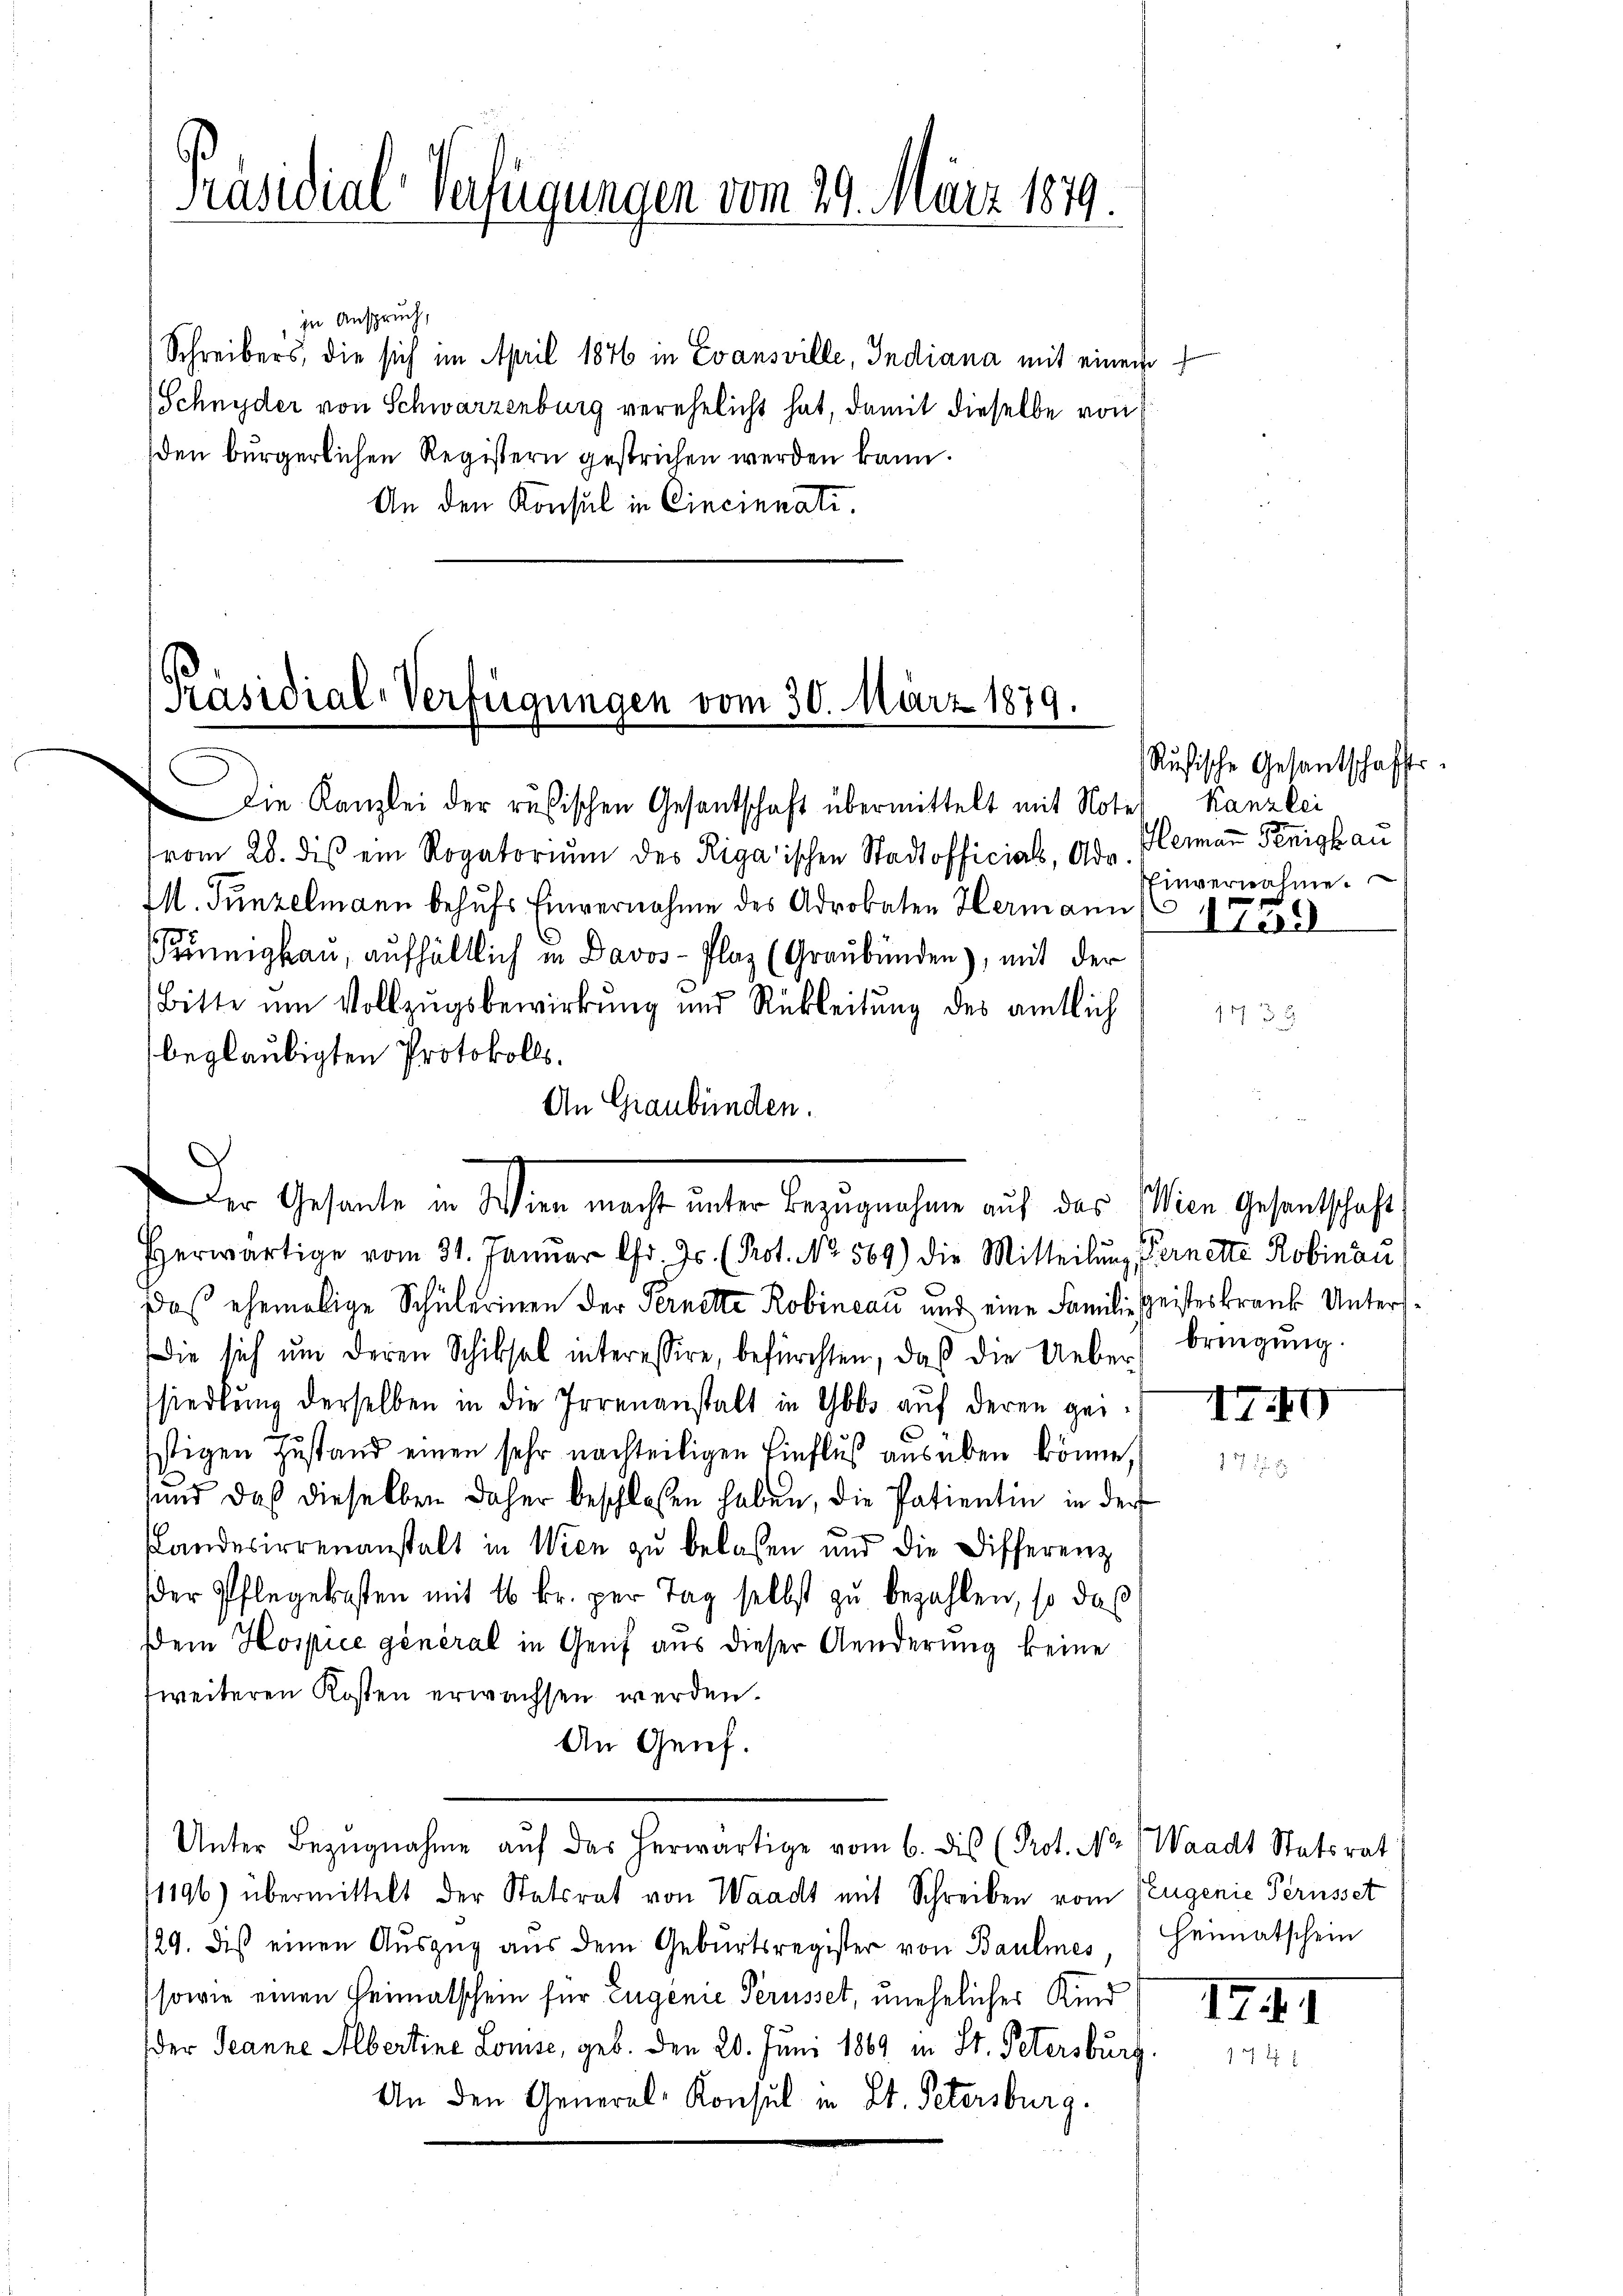
Präsidial-Verfügungen vom 29. März 1879.

in Anspruch,
Schreibers, die sich im April 1876 in Evansville, Indiana mit einem
Schnyder von Schwarzenburg verehelicht hat, damit dieselbe von
den bürgerlichen Registern gestrichen werden kann.
An den Konsul in Cincinnati

Präsidial-Verfügungen vom 30. März 1879.

Die Kanzlei der rusischen Gesantschaft übermittelt mit Notel Kanzlei
vom 28. dis ein Rogatorium des Rigaischen Stadtofficial, Adv. Hermaṅ Peighau
MM. Tunzelmann behufs Einvernahme des Adrobaten Hermann (1758
umigkau, aufhältlich in Davos- Plaz (Graubünden), mit der
Bitte um Vollzugsbewirkung und Rübleitung des amtlich
beglaubigten Protokolls.
An Graubünden.
Der Gesante in Wien macht unter Bezugnahme auf das Wien Gesandtschaft
Herwärtige vom 31. Janŭar Chr. Js. (Prot. No. 569) die Mitteilŭng, Fernette Robinau
Daß ehemalige Schülerinen der Fernette Robincau und eine Familie geisteskrank Unters¬
Die sich um deren Schiksal interessire, befürchten, daß die Ueber
siedlung derselben in die Irrenanstalt in Gbbs auf deren geistigen Zustand einen sehr nachteiligen Einfluß ausüben könne,
sund daß dieselben daher beschlossen haben, die Patientin in der
und
Landesirrenanstalt in Wien zu belassen und die Differenz
der Pflegekosten mit 16 kr. per Tag selbst zu bezahlen, so da
Dem Hospice général in Genf aus dieser Aenderung keine
fweiteren Kosten erwachsen werden.
An Genf.
Unter Bezŭgnahme aŭf das herwärtige vom 6. dis (Prot. No Waadt Statsrat
1196) übermittelt der Statsrat von Waadt mit Schreiben vom Zeugenie Perusset
129. dis einen Aŭszŭg aŭs dem Gebŭrtsregister von Baulmes, Heimatschein
(sowie einen Heimatschein für Eugenie Perusset, unehelicher Kind
der Jeanne Albertine Lomse, geb. Den 20. Juni 1869 in St. Petersburg,
An den General-Konsul in St. Petersburg.

Rusische Gesantschaffts¬
Einvernahme.

783

bringung.

1740

IIII